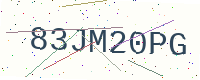
Text: 83JM20PG